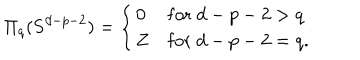
\Pi _ { q } ( { \bf S } ^ { d - p - 2 } ) = \left\{ \begin{array} { l l l } { { 0 } } & { { \mathrm { f o r } \; d - p - 2 > q } } \\ { { { \bf Z } } } & { { \mathrm { f o r } \; d - p - 2 = q . } } \\ \end{array} \right.